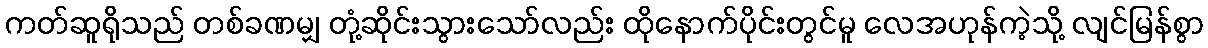
ကတ်ဆူရိုသည် တစ်ခဏမျှ တုံ့ဆိုင်းသွားသော်လည်း ထိုနောက်ပိုင်းတွင်မူ လေအဟုန်ကဲ့သို့ လျင်မြန်စွာ